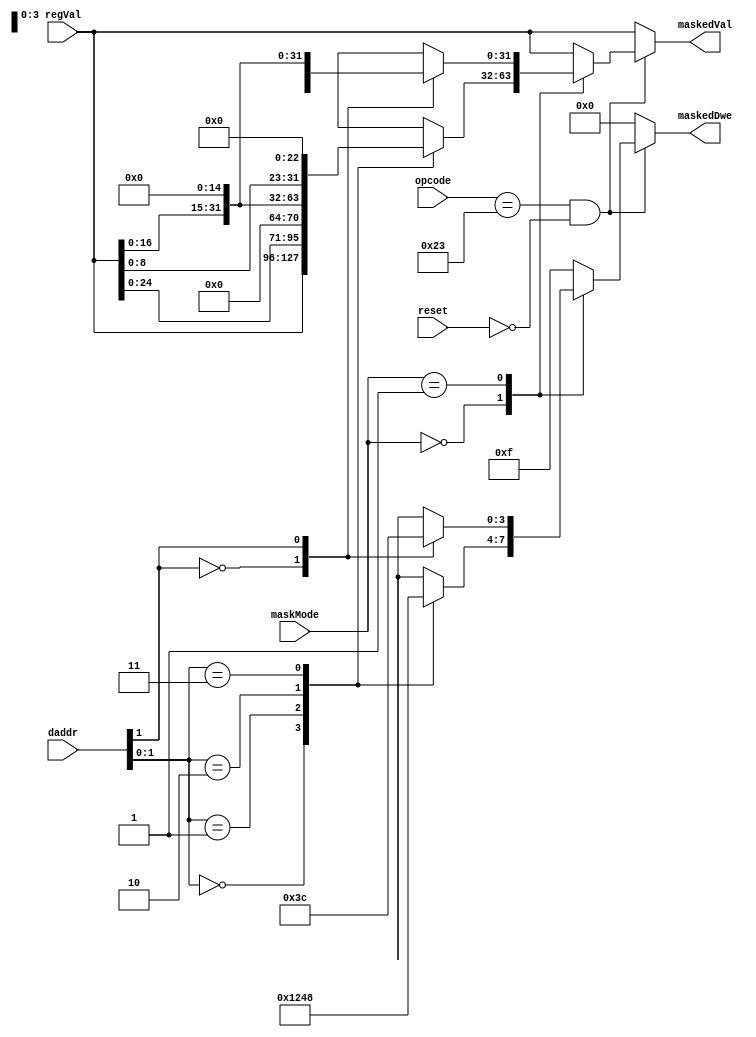
module storeAddrMasker(
    input reset,
    input [6:0] opcode,
    input [31:0] daddr,
    input [31:0] regVal,
    input [2:0] maskMode,
    output [3:0] maskedDwe,
    output [31:0] maskedVal
);
    reg [3:0] masked;
    reg [31:0] val;
    assign maskedVal = val;
    assign maskedDwe = masked;

    always @(*) begin
        if (opcode == 7'b0100011 && reset != 1'b1) begin
            case(maskMode)
                3'b000: begin //SB
                    case(daddr[1:0])
                        2'b00: begin
                            masked = 4'b0001;
                            val = regVal;
                        end
                        2'b01: begin
                            masked = 4'b0010;
                            val = regVal << 7;
                        end
                        2'b10: begin
                            masked = 4'b0100;
                            val = regVal << 15;
                        end
                        2'b11: begin
                            masked = 4'b1000;
                            val = regVal << 23;
                        end
                    endcase
                end
                3'b001: begin //SH
                    case(daddr[1])
                        2'b00: begin
                            masked = 4'b0011;
                            val = regVal;
                        end
                        2'b01: begin
                            masked = 4'b1100;
                            val = regVal << 15;
                        end
                    endcase
                end
                default: begin //SW
                    val = regVal;
                    masked = 4'b1111;
                end
            endcase
        end
        else begin //not a store instruction
            //$display("Not a store instruction");
            masked = 4'b0000;
            val = regVal;
        end
    end
endmodule